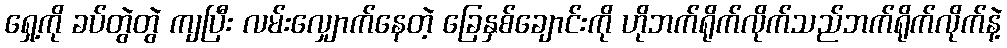
ရှေ့ကို ခပ်တွဲတွဲ ကျပြီး လမ်းလျှောက်နေတဲ့ ခြေနှစ်ချောင်းကို ဟိုဘက်ရိုက်လိုက်သည်ဘက်ရိုက်လိုက်နဲ့